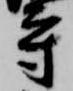
守